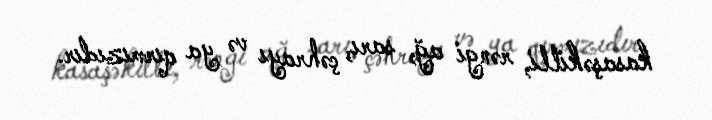
kasaşəkilli, rəngi ağ, sarı, çəhrayı və ya qırmızıdır.